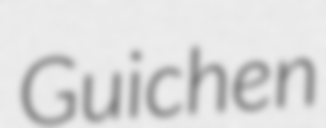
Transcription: Guichen